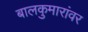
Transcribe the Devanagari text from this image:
बालकुमारांवर